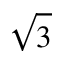
\sqrt { 3 }